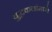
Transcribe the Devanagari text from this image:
युद्धकलांमध्ये